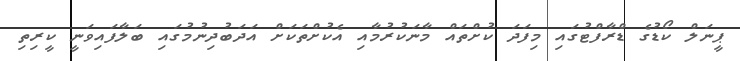
ޕީނަލް ކޯޑުގެ ޑްރާފްޓުގައި މިފަދަ ކުށްތައް މާނަކުރުމާއި އެކުށްތަކަށް އަދަބުދިނުމުގައި ބަލާފައިވަނީ ކީރިތި